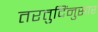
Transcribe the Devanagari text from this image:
तरतुदिंनुसार